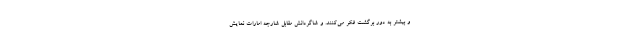
و بیشتر به دور برگشت فکر می‌کنند. و شاگردانش مقابل شارجه امارات نمایش